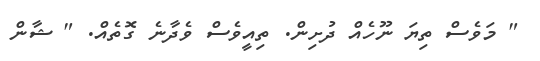
" މަވެސް ތިޔަ ނޫހެއް ދުށިން. ތިއީވެސް ވެދާނެ ގޮތެއް. " ޝާން